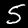
Digit: 5